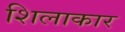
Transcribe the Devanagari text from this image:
शिलाकार